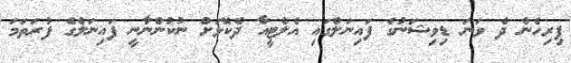
ފިރިހެން ދެ ވަަނަ ޑިވިޝަނުގެ ފައިނަލްގައި އެލްޓީއާ ދެކޮޅަށް ނުކުންނާނީ ފައިނަލްގެ ފުރަތަމަ